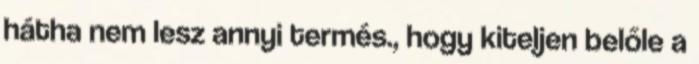
hátha nem lesz annyi termés., hogy kiteljen belőle a